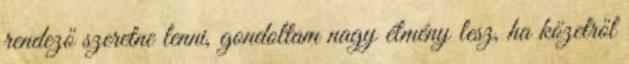
rendező szeretne lenni, gondoltam nagy élmény lesz, ha közelről